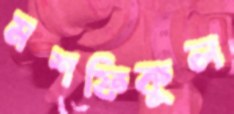
মশফিকুল